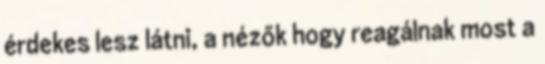
érdekes lesz látni, a nézők hogy reagálnak most a